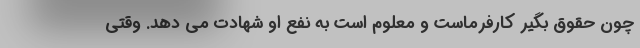
چون حقوق بگیر کارفرماست و معلوم است به نفع او شهادت می دهد. وقتی